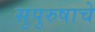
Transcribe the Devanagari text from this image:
सुपुरुषाचे